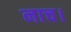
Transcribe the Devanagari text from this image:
नाच।